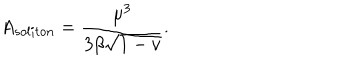
A _ { s o l i t o n } = \frac { \mu ^ { 3 } } { 3 \beta \sqrt { 1 - v } } .